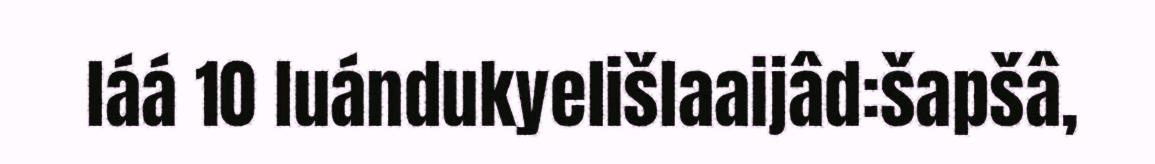
láá 10 luándukyelišlaaijâd:šapšâ,